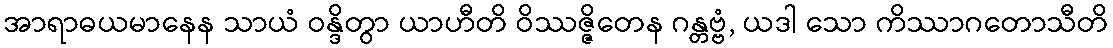
အာရာဓယမာနေန သာယံ ဝန္ဒိတွာ ယာဟီတိ ဝိဿဇ္ဇိတေန ဂန္တဗ္ဗံ, ယဒါ သော ကိဿာဂတောသီတိ